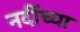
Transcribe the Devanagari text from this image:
नदींच्या